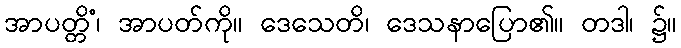
အာပတ္တိံ၊ အာပတ်ကို။ ဒေသေတိ၊ ဒေသနာပြော၏။ တဒါ၊ ၌။